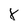
Character: X